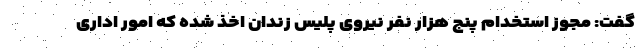
گفت: مجوز استخدام پنج هزار نفر نیروی پلیس زندان اخذ شده که امور اداری